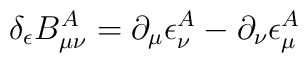
\delta_\epsilon B^A_{\mu \nu} = \partial_\mu \epsilon^A_\nu- \partial_\nu \epsilon^A_\mu